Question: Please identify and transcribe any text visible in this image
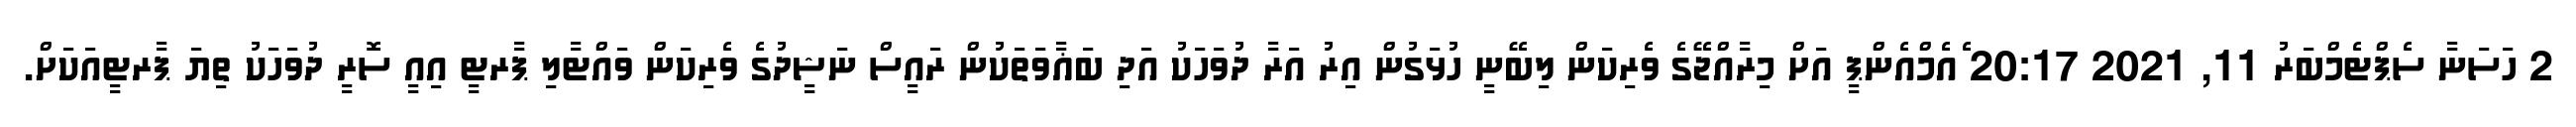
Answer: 2 ހަސަނާ ސެޕްޓެމްބަރު 11, 2021 20:17 ެއެމްއެންޕީ އަށް މިރާއްޖޭގެ ވެރިކަން ލިބޭނީ ހުޅަގުން އިރު އަރާ ދުވަހަކު އަދި ބަޣާވަތަކުން ރައީސް ނަޝީދުގެ ވެރިކަން ވައްޓާލި ޕާރޓީ އިއީ ސޮރީ ދުވަހަކު ތިޔަ ޕާރޓީއަކަށް.